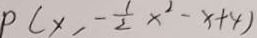
p ( x , - \frac { 1 } { 2 } x ^ { 2 } - x + 4 )